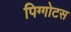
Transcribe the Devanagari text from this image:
पिग्गोटस